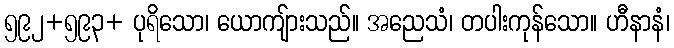
၅၉၂+၅၉၃+ ပုရိသော၊ ယောကျ်ားသည်။ အညေသံ၊ တပါးကုန်သော။ ဟီနာနံ၊